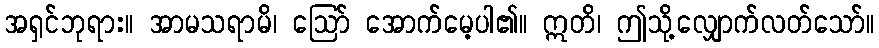
အရှင်ဘုရား။ အာမသရာမိ၊ ဩော် အောက်မေ့ပါ၏။ ဣတိ၊ ဤသို့လျှောက်လတ်သော်။